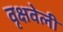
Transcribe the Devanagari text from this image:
वृक्षवेली